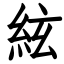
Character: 絃